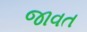
જાવત